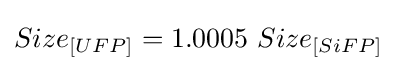
Size_{[UFP]}=1.0005\ Size_{[SiFP]}